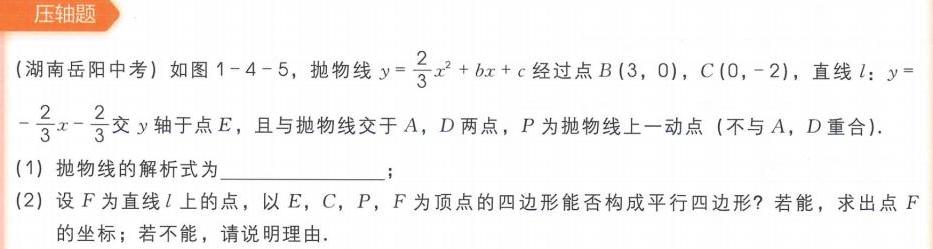
(湖南岳阳中考) 如图1 - 4 - 5，抛物线 \(y = \frac{2}{3}x^{2}+bx + c\) 经过点 \(B(3,0)\)，\(C(0,-2)\)，直线 \(l:y =-\frac{2}{3}x-\frac{2}{3}\) 交 \(y\) 轴于点 \(E\)，且与抛物线交于 \(A\)，\(D\) 两点，\(P\) 为抛物线上一动点 (不与 \(A\)，\(D\) 重合).
(1) 抛物线的解析式为  ；
(2) 设 \(F\) 为直线 \(l\) 上的点，以 \(E\)，\(C\)，\(P\)，\(F\) 为顶点的四边形能否构成平行四边形？若能，求出点 \(F\) 的坐标；若不能，请说明理由.